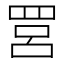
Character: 𦊼